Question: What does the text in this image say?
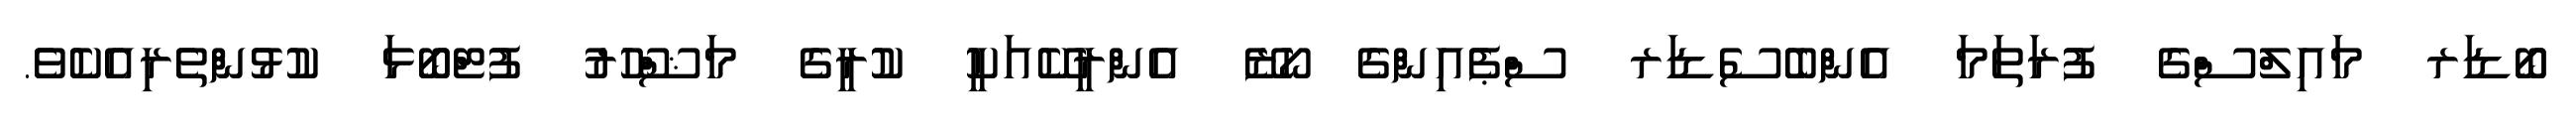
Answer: ބޯޑަރ މައިލްސްގެ ފުރަތަމަ އެންބެސެޑަރ ސްޕެއިންގެ ހޯޒޭ އެންރީކޭއަކީ ކުރީގެ މަޝްހޫރު ފުޓްބޯޅަ ކުޅުންތެރިއެކެވެ.